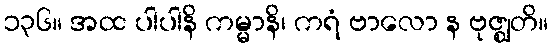
၁၃၆။ အထ ပါပါနိ ကမ္မာနိ၊ ကရံ ဗာလော န ဗုဇ္ဈတိ။